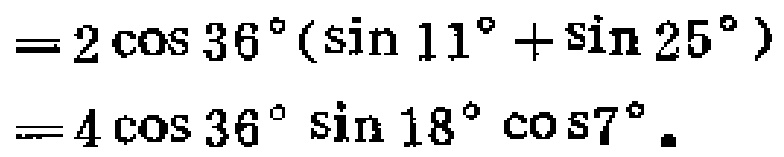
\[
\begin{align*}
&=2\cos36^{\circ}(\sin11^{\circ}+\sin25^{\circ})\\
&=4\cos36^{\circ}\sin18^{\circ}\cos7^{\circ}.
\end{align*}
\]